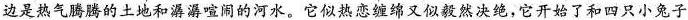
边是热气腾腾的土地和潺潺喧闹的河水。它似热恋缠绵又似毅然决绝，它开始了和四只小兔子